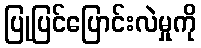
ပြုပြင်ပြောင်းလဲမှုကို